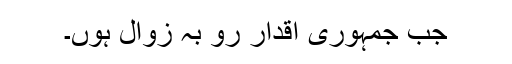
جب جمہوری اقدار رو بہ زوال ہوں۔